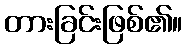
တားခြင်းဖြစ်၏။